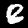
Label: 8